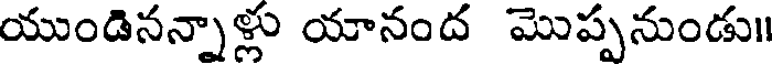
యుండినన్నాళ్లు యానంద మొప్పనుండు॥